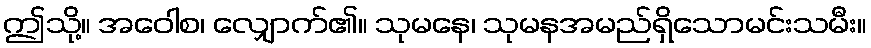
ဤသို့။ အဝေါစ၊ လျှောက်၏။ သုမနေ၊ သုမနအမည်ရှိသောမင်းသမီး။